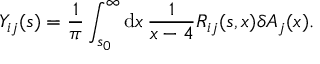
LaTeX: Y _ { i j } ( s ) = { \frac { 1 } { \pi } } \int _ { s _ { 0 } } ^ { \infty } \mathrm { d } x \, { \frac { 1 } { x - 4 } } R _ { i j } ( s , x ) \delta A _ { j } ( x ) .